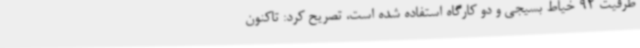
ظرفیت 92 خیاط بسیجی و دو کارگاه استفاده شده است، تصریح کرد: تاکنون